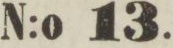
tan No 14.